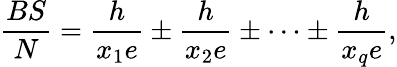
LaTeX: \frac{BS}{N}=\frac{h}{x_{1}e}\pm\frac{h}{x_{2}e}\pm\dots\pm\frac{h}{x_{q}e},